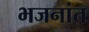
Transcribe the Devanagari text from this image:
भजनांत